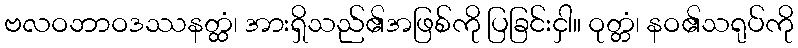
ဗလဝဘာဝဒဿနတ္ထံ၊ အားရှိသည်၏အဖြစ်ကို ပြခြင်းငှါ။ ဝုတ္တံ၊ နဝ၏သရုပ်ကို